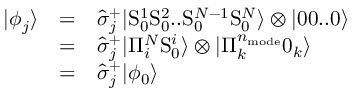
\begin{array} { c c l } { | \phi _ { j } \rangle } & { = } & { \hat { \sigma } _ { j } ^ { + } | \mathrm { S } _ { 0 } ^ { 1 } \mathrm { S } _ { 0 } ^ { 2 } . . \mathrm { S } _ { 0 } ^ { N - 1 } \mathrm { S } _ { 0 } ^ { N } \rangle \otimes | 0 0 . . 0 \rangle } \\ & { = } & { \hat { \sigma } _ { j } ^ { + } | \Pi _ { i } ^ { N } \mathrm { S } _ { 0 } ^ { i } \rangle \otimes | \Pi _ { k } ^ { n _ { \mathrm { m o d e } } } 0 _ { k } \rangle } \\ & { = } & { \hat { \sigma } _ { j } ^ { + } | \phi _ { 0 } \rangle } \end{array}